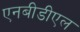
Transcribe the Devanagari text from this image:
एनबीडीएल